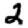
Digit: 2